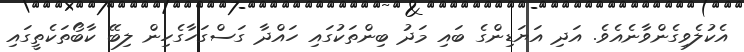
އެކުލެވިގެންވާނެއެވެ. އަދި އަޔަޑިންގެ ބައި މަދު ބިންތަކުގައި ހައްދާ ގަސްގަހާގެހިން ލިބޭ ކާބޯތަކެތީގައި